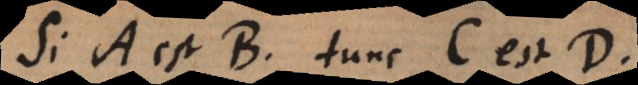
Si A est B, tunc C est D.